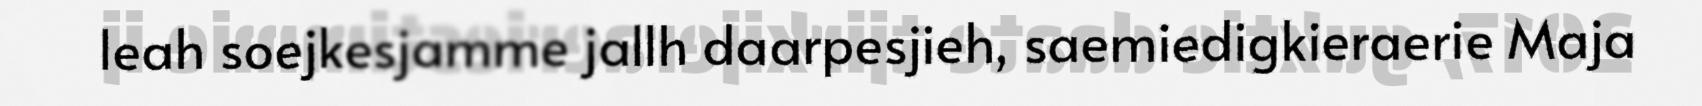
leah soejkesjamme jallh daarpesjieh, saemiedigkieraerie Maja